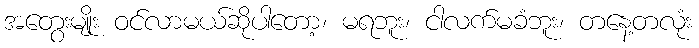
အတွေးမျိုး ဝင်လာမယ်ဆိုပါတော့၊ မရဘူး၊ ငါလက်မခံဘူး၊ တနေ့တလုံး